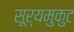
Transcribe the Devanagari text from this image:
सूर्यमुकुट